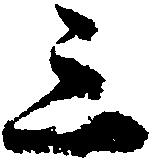
三